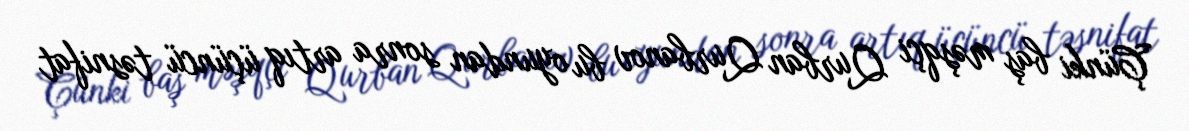
Çünki baş məşqçi Qurban Qurbanov bu oyundan sonra artıq üçüncü təsnifat